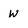
Character: W